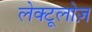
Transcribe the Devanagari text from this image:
लेक्टूलोज़